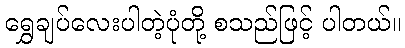
ရွှေချပ်လေးပါတဲ့ပုံတို့ စသည်ဖြင့် ပါတယ်။